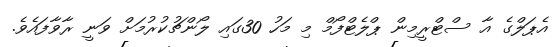
އެޕަލްގެ އާ ސްޓްރީމިން ޕްލެޓްފޯމް މި މަހު 30ގައި ލޯންޗުކުރުމަށް ވަނީ ރާވާފައެވެ.